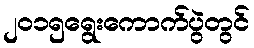
၂၀၁၅ရွေးကောက်ပွဲတွင်